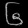
Digit: ၆